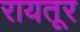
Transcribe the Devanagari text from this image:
रायतूर